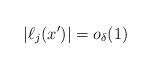
LaTeX: \begin{align*} |\ell_j(x')| = o_\delta(1)\end{align*}